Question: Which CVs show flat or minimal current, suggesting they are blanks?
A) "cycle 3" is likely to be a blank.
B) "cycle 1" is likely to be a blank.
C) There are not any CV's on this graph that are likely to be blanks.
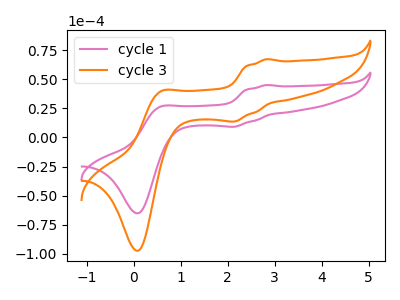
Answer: <think>The pink curve "cycle 1" has anodic peaks at (2.80V, 45.00uA) (0.55V, 26.30uA) and cathodic peaks at (2.15V, 9.15uA) (0.10V, -65.20uA). The orange curve "cycle 3" has anodic peaks at (2.80V, 67.15uA) (0.55V, 39.30uA) and cathodic peaks at (2.15V, 13.65uA) (0.10V, -97.40uA).</think>
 <answer>C) There are not any CV's on this graph that are likely to be blanks.</answer>
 <eval>C</eval>